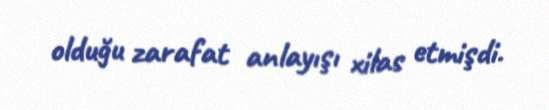
olduğu zarafat anlayışı xilas etmişdi.